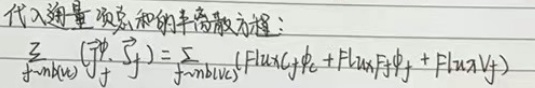
代入通量项总和的半离散方程：
\(\sum_{f - nb(k)}(\vec{J}_f\cdot\vec{S}_f)=\sum_{f - nb(k)}(Flux_{C,f}\phi_f + Flux_{x,f}\varGamma_f\phi_f+Flux_{\alpha,f}V_f)\)